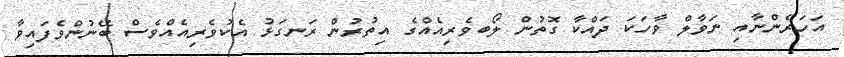
އަހަރެންނާއި ނަވާލް ވާހަކަ ދައްކާ ގޮތުން ލޯބވެރިއެއްގެ އިތުރުން ރަނގަޅު އެކުވެރިއެއްވެސް ބޭނުންވެފައިވާ